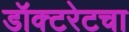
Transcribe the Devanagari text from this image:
डॉक्टरेटचा